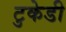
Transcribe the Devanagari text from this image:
टुकेडी